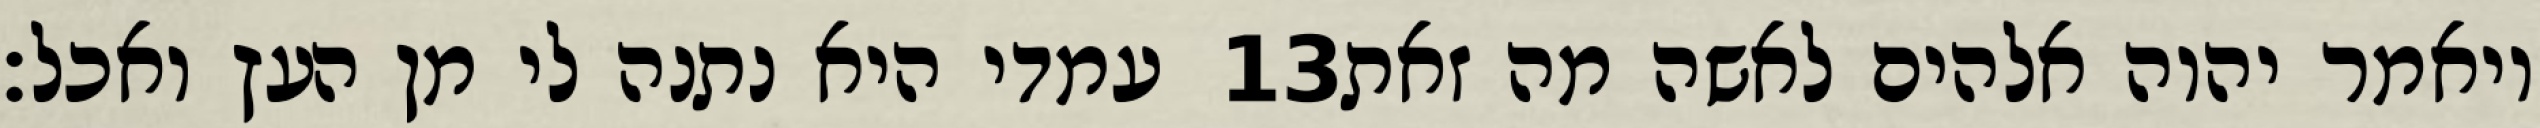
עמדי היא נתנה לי מן העץ ואכל׃ ‎13‏ ויאמר יהוה אלהים לאשה מה זאת